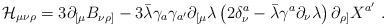
LaTeX: \begin{align*}{\cal H}_{\mu\nu\rho}= 3\partial_{[\mu} B_{\nu\rho ]}- 3\bar\lambda\gamma_a\gamma_{a'}\partial_{[\mu}\lambda\left( 2\delta_{\nu}^a-\bar \lambda\gamma^a\partial_\nu\lambda\right)\partial_{\rho]}X^{a'}\ .\end{align*}